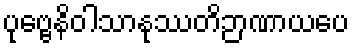
ပုဗ္ဗေနိဝါသာနုဿတိဉာဏာယပေ